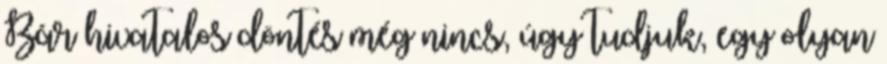
Bár hivatalos döntés még nincs, úgy tudjuk, egy olyan